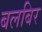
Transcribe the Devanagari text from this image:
बलबिर